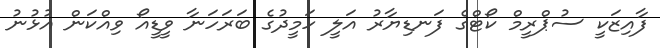
ފާއިޒަކީ ސުޕްރީމް ކޯޓްގެ ފަނޑިޔާރު އަލީ ހަމީދުގެ ބަރަހަނާ ވީޑީއޯ ވިއްކަން އުޅުނު